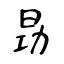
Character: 昮